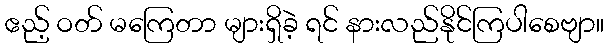
ဧည့် ဝတ် မကြေတာ များရှိခဲ့ ရင် နားလည်နိုင်ကြပါစေဗျာ။